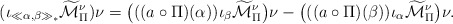
\begin{align*} (\iota_{\ll \alpha,\beta\gg_\ast}\widetilde{\mathcal{M}}_\Pi^\nu)\nu=\big(((a\circ\Pi)(\alpha))\iota_\beta\widetilde{\mathcal{M}}_\Pi^\nu\big)\nu-\big(((a\circ\Pi)(\beta))\iota_\alpha\widetilde{\mathcal{M}}_\Pi^\nu\big)\nu.\end{align*}